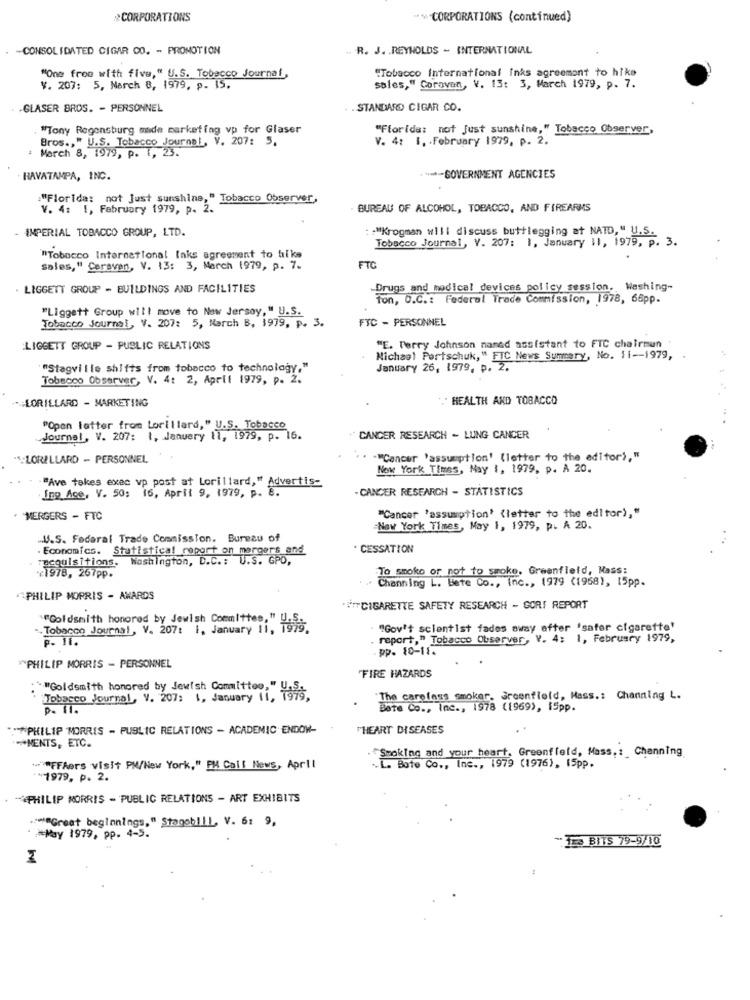
CORPORATIONS
** CORPORATIONS (continued)
-CONSOLIDATED CIGAR CO. - PROMOTION
.. R. J. REYNOLDS - INTERNATIONAL
"Tobacco International inks agreement to hike
"One free with five," U.S. Tobacco Journal,
V. 207: 5, Narch 8, 1979, p. 15.
sales," Coravan, V. 13: 3, March 1979, p. 7.
.GLASER BROS. - PERSONNEL
. . STANDARD CIGAR CO.
"Tony Regensburg made marketing vp for Glaser
"Florida: not Just sunshine," Tobacco Observer
V. 4: 1. . February 1979, p. 2.
: March 8, 1979, P. 1.
Bros ., " U.S. Tobacco Journal, V. 207: 5,
HAVATAMPA, INC.
****- GOVERNMENT AGENCIES
"Florida: not Just sunshine," Tobacco Observer,
V. 4: 1, February 1979, p. 2.
. BUREAU OF ALCOHOL, TOBACCO, AND FIREARMS
IMPERIAL TOBACCO GROUP, LTD.
: - "Krogman will discuss buttlegging at NATD, " U.S.
Tobacco Journal, V. 207: 1, January 11, 1979, p. 3.
"Tobacco International Inks agreement to hike
sales," Caravan, V. 13: 3, March 1979, p. 7.
FTC
LIGGETT GROUP - BUILDINGS AND FACILITIES
Drugs and medical devices policy session. Washing-
O.C .: Federal Trade Commission, 1978, 66pp.
"Liggett Group will move to New Jersey, " U.S.
Tobacco Journal, V. 207: 5, March 8, 1979, p. 3.
FTC - PERSONNEL
LIGGETT GROUP - PUBLIC RELATIONS
"E. Perry Johnson named assistant to FTC chairmun
Michael Portschuk," FTC News Summary, No. 11-1979,
"Stagville shifts from tobacco to technology,"
January 26, 1979, p. 2.
Tobacco Observer, V. 4: 2, April 1979, p. 2.
... LORILLARD - MARKETING
HEALTH AND TOBACCO
"Open letter from Lorillard," U.S. Tobacco
Journal, V. 207: 1, January 11, 1979, p. 16.
CANCER RESEARCH - LUNG CANCER
"S:LORILLARD -- PERSONNEL
""Cancer 'assumption' (letter to the editor),"
New York Times, May 1, 1979, p. A 20.
Ing Ace, V. 50; 16, April 9, 1979, p. 8.
"Ave takes exec vp post at Lorillard," Advertis-
-CANCER RESEARCH - STATISTICS
MERGERS - FTC
"Cancer 'assumption' (letter to the editor),"
New York Times, May 1, 1979, p. A 20.
.... S. Federal Trade Commission. Bureau of
. Economics. Statistical report on mergers and
· CESSATION
racquisitions. Washington, D.C .: U.S. GPO,
To sooko or not to smoke. Greenfield, Mass:
** 1978, 267pp.
Channing L. Bete Co ., inc ., 1979 (1968), 15pp.
PHILIP MORRIS - AWARDS
** ITCIGARETTE SAFETY RESEARCH - GORS REPORT
". Tobacco Journal, V. 207: I, January ii,
""Goldsmith honored by Jewish Committee:" U.S
"Gov't scientist fades away after 'safer cigarette'
P. 11.
report," Tobacco Observer, V. 4; 1, February 1979,
pp. 10-11.
""PHILIP MORRIS - PERSONNEL
"FIRE HAZARDS
: * "Goldsmith honored by Jewish Committee," U.
Tobacco Journal, V. 207: 1, January 11, 1979,
"The careless smoker. Greenfield, Mass .: Channing L.
p. 11.
Bete Co ., Inc ., 1978 (1969), 15pp.
:* PHILIP MORRIS - PUBLIC RELATIONS - ACADEMIC ENDOW-
THEART DISEASES
-* MENTS, ETC.
*Smoking and your heart, Greenfield, Mass ,: Channing
*** "#Ffhers visit PW/New York," PM Call News, April
.L. Bote Co ., Inc ., 1979 (1976), 15pp.
** 1979, p. 2.
*PHILIP MORRIS - PUBLIC RELATIONS - ART EXHIBITS
.:* "Great beginnings," Stageb !!!, V. 6: 9,
* * May 1979, pp. 4-5.
"113 BITS 79-9/10
: